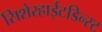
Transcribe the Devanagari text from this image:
सिशेरहाईटडिन्स्ट